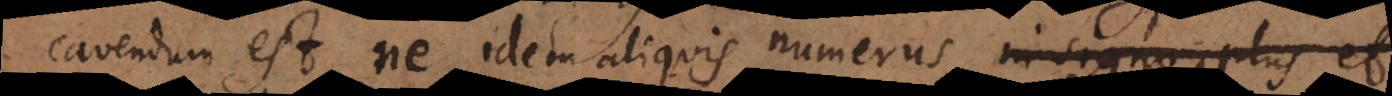
cavendum est ne idem aliquis numerus in signo plus et